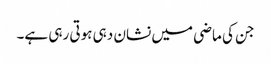
جن کی ماضی میں نشان دہی ہوتی رہی ہے۔